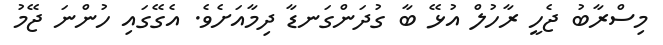
މިސްރާބު ޖެހީ ރާހުލް އުޅޭ ބާ ގުދަންގަނޑާ ދިމާއަށެވެ. އެގޭގައި ހުންނަ ޖޭމު